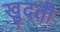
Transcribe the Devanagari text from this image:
खुदती